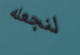
لنجعله